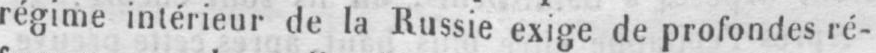
régime intérieur de la Russie exige de profondes ré-